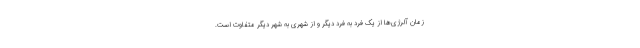
زمان آلرژی‌ها از یک فرد به فرد دیگر و از شهری به شهر دیگر متفاوت است.